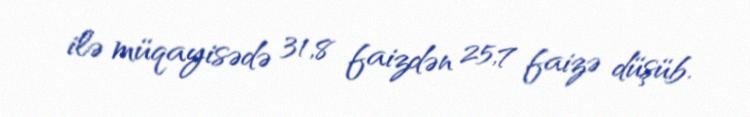
ilə müqayisədə 31,8 faizdən 25,7 faizə düşüb.